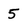
Character: 5